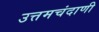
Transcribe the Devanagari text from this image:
उत्तमचंदाणी